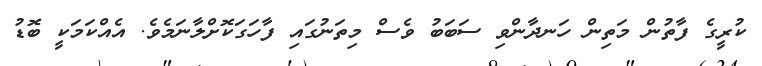
ކުރީގެ ފާތުން މަތިން ހަނދާންވި ސަބަބު ވެސް މިތަނުގައި ފާހަގަކޮށްލާނަމެވެ. އެއްކަމަކީ ބޮޑު